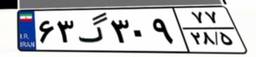
۶۳گ۳۰۹۷۷